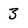
Character: 3